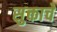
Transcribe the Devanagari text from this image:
सुक्ताचे